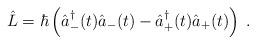
LaTeX: \begin{align*}\hat{L}=\hbar\left(\hat{a}_{-}^\dagger(t) \hat{a}_{-}(t)-\hat{a}_{+}^\dagger(t) \hat{a}_{+}(t)\right)\;.\end{align*}